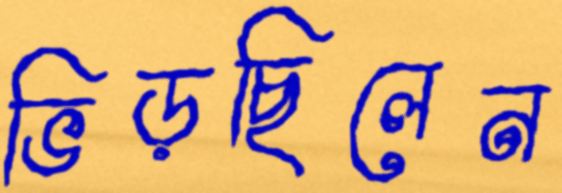
ভিড়ছিলেন